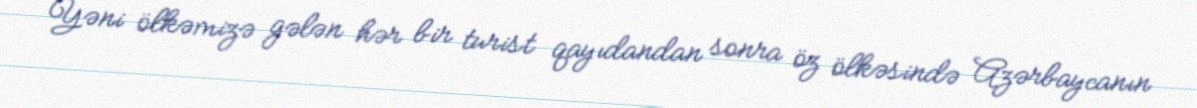
Yəni ölkəmizə gələn hər bir turist qayıdandan sonra öz ölkəsində Azərbaycanın